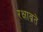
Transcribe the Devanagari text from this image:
रक्षाव्रते